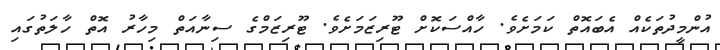
އުންމީދުތަކެއް އެބައޮތް ކަމަށެވެ. ހާއްސަކޮށް ޓޫރިޒަމަށެވެ. ޓޫރިޒަމްގެ ސިނާއަތް މިހާރު އޮތް ހާލަތުގައި